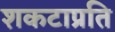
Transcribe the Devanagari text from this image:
शकटाप्रति